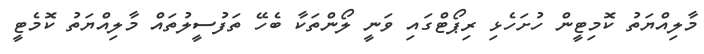
މާލިއްޔަތު ކޮމިޓީން ހުށަހެޅި ރިޕޯޓްގައި ވަނީ ލޯންތަކާ ބެހޭ ތަފުސީލުތައް މާލިއްޔަތު ކޮމެޓީ